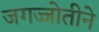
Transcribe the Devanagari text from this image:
जगज्जोतीने